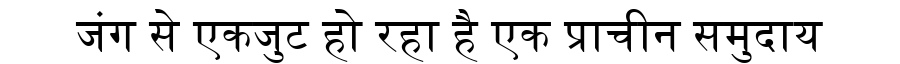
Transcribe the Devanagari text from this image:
जंग से एकजुट हो रहा है एक प्राचीन समुदाय